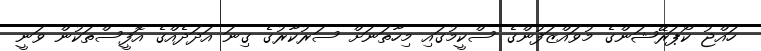
ހައްޖު ކޯޕަރޭޝަންގެ މުވައްޒަފުންގެ ސްކީމުގައި މިހާތަނަށް ސަރުކާރުގެ ގިނަ އަދަދެއްގެ އޮފީސްތަކުން ވަނީ